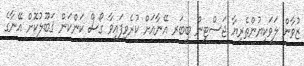
ޒުވާން ލަވަކިޔުންތެރިޔާ ޖަސްޓިން ބީބަރ އޭނާއަށް ކުރެވިފައިވާ ގޯސް ކަންކަން ޤަބޫލުކޮށް އޭނާގެ